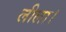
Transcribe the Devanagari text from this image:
लीला।